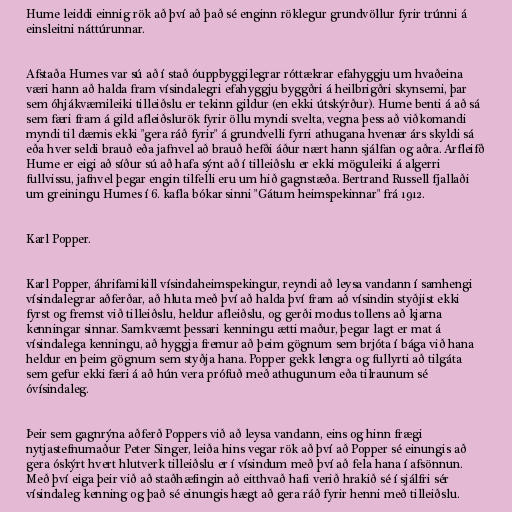
Hume leiddi einnig rök að því að það sé enginn röklegur grundvöllur fyrir trúnni á
einsleitni náttúrunnar.

Afstaða Humes var sú að í stað óuppbyggilegrar róttækrar efahyggju um hvaðeina
væri hann að halda fram vísindalegri efahyggju byggðri á heilbrigðri skynsemi, þar
sem óhjákvæmileiki tilleiðslu er tekinn gildur (en ekki útskýrður). Hume benti á að sá
sem færi fram á gild afleiðslurök fyrir öllu myndi svelta, vegna þess að viðkomandi
myndi til dæmis ekki "gera ráð fyrir" á grundvelli fyrri athugana hvenær árs skyldi sá
eða hver seldi brauð eða jafnvel að brauð hefði áður nært hann sjálfan og aðra. Arfleifð
Hume er eigi að síður sú að hafa sýnt að í tilleiðslu er ekki möguleiki á algerri
fullvissu, jafnvel þegar engin tilfelli eru um hið gagnstæða. Bertrand Russell fjallaði
um greiningu Humes í 6. kafla bókar sinni "Gátum heimspekinnar" frá 1912.

Karl Popper.

Karl Popper, áhrifamikill vísindaheimspekingur, reyndi að leysa vandann í samhengi
vísindalegrar aðferðar, að hluta með því að halda því fram að vísindin styðjist ekki
fyrst og fremst við tilleiðslu, heldur afleiðslu, og gerði modus tollens að kjarna
kenningar sinnar. Samkvæmt þessari kenningu ætti maður, þegar lagt er mat á
vísindalega kenningu, að hyggja fremur að þeim gögnum sem brjóta í bága við hana
heldur en þeim gögnum sem styðja hana. Popper gekk lengra og fullyrti að tilgáta
sem gefur ekki færi á að hún vera prófuð með athugunum eða tilraunum sé
óvísindaleg.

Þeir sem gagnrýna aðferð Poppers við að leysa vandann, eins og hinn frægi
nytjastefnumaður Peter Singer, leiða hins vegar rök að því að Popper sé einungis að
gera óskýrt hvert hlutverk tilleiðslu er í vísindum með því að fela hana í afsönnun.
Með því eiga þeir við að staðhæfingin að eitthvað hafi verið hrakið sé í sjálfri sér
vísindaleg kenning og það sé einungis hægt að gera ráð fyrir henni með tilleiðslu.